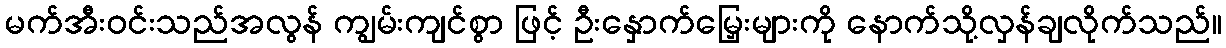
မက်အီးဝင်းသည်အလွန် ကျွမ်းကျင်စွာ ဖြင့် ဦးနှောက်မြှေးများကို နောက်သို့လှန်ချလိုက်သည်။